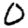
Digit: 0